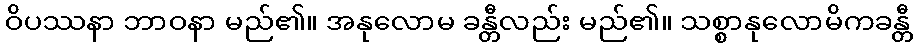
ဝိပဿနာ ဘာဝနာ မည်၏။ အနုလောမ ခန္တီလည်း မည်၏။ သစ္စာနုလောမိကခန္တီ